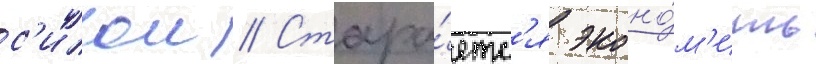
с'илои // Стара́етс'я эконо́м'ить